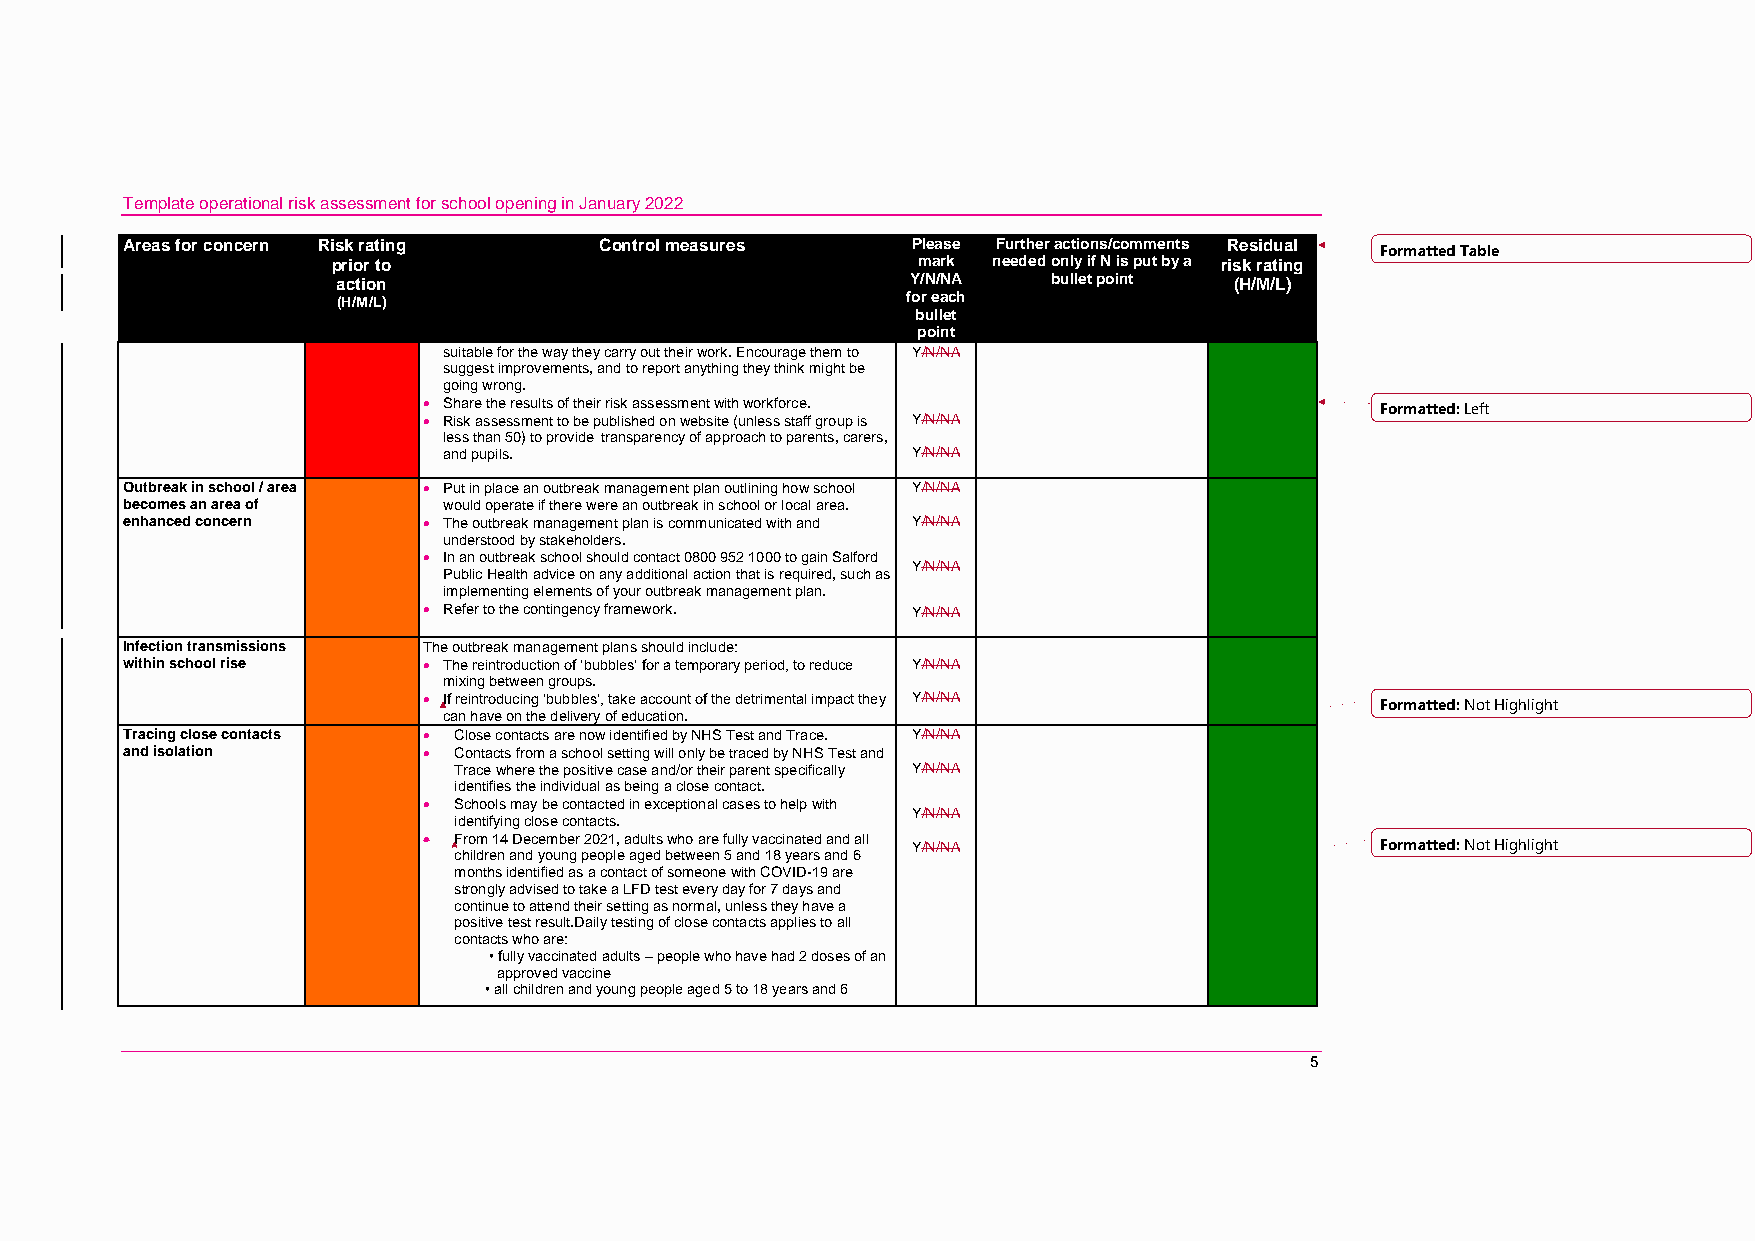
Template operational risk assessment for school opening in January 2022
 Areas for concern Risk rating   Control measures    Please Further actions/comments Residual Formatted Table
 prior to                               mark needed only if N is put by a risk rating
 action                                Y/N/NA    bullet point (H/M/L)
 (H/M/L)                               for each
 bullet
 point
 suitable for the way they carry out their work. Encourage them to Y/N/NA
 suggest improvements, and to report anything they think might be
 going wrong.
  Share the results of their risk assessment with workforce.   Formatted: Left
  Risk assessment to be published on website (unless staff group is Y/N/NA
 less than 50) to provide transparency of approach to parents, carers,
 and pupils.                    Y/N/NA
 Outbreak in school / area  Put in place an outbreak management plan outlining how school Y/N/NA
 becomes an area of   would operate if there were an outbreak in school or local area.
 enhanced concern     The outbreak management plan is communicated with and Y/N/NA
 understood by stakeholders.
  In an outbreak school should contact 0800 952 1000 to gain Salford
 Y/N/NA
 Public Health advice on any additional action that is required, such as
 implementing elements of your outbreak management plan.
  Refer to the contingency framework. Y/N/NA
 Infection transmissions The outbreak management plans should include:
 within school rise   The reintroduction of ‘bubbles’ for a temporary period, to reduce Y/N/NA
 mixing between groups.
  If reintroducing ‘bubbles’, take account of the detrimental impact they Y/N/NA Formatted: Not Highlight
 can have on the delivery of education.
 Tracing close contacts  Close contacts are now identified by NHS Test and Trace. Y/N/NA
 and isolation        Contacts from a school setting will only be traced by NHS Test and
 Trace where the positive case and/or their parent specifically Y/N/NA
 identifies the individual as being a close contact.
  Schools may be contacted in exceptional cases to help with
 Y/N/NA
 identifying close contacts.
  From 14 December 2021, adults who are fully vaccinated and all Y/N/NA Formatted: Not Highlight
 children and young people aged between 5 and 18 years and 6
 months identified as a contact of someone with COVID-19 are
 strongly advised to take a LFD test every day for 7 days and
 continue to attend their setting as normal, unless they have a
 positive test result.Daily testing of close contacts applies to all
 contacts who are:
 • fully vaccinated adults – people who have had 2 doses of an
 approved vaccine
 • all children and young people aged 5 to 18 years and 6
 5